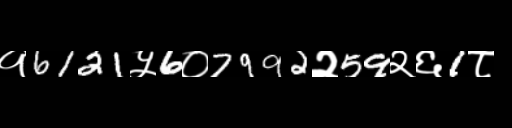
Text: १6121५6०7992२59२६1८